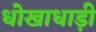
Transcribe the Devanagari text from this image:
धोखाधाड़ी